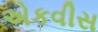
એકવીસ